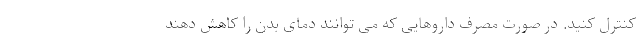
کنترل کنید. در صورت مصرف داروهایی که می توانند دمای بدن را کاهش دهند